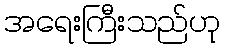
အရေးကြီးသည်ဟု